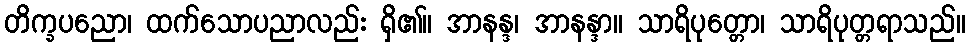
တိက္ခပညော၊ ထက်သောပညာလည်း ရှိ၏။ အာနန္ဒ၊ အာနန္ဒာ။ သာရိပုတ္တော၊ သာရိပုတ္တရာသည်။